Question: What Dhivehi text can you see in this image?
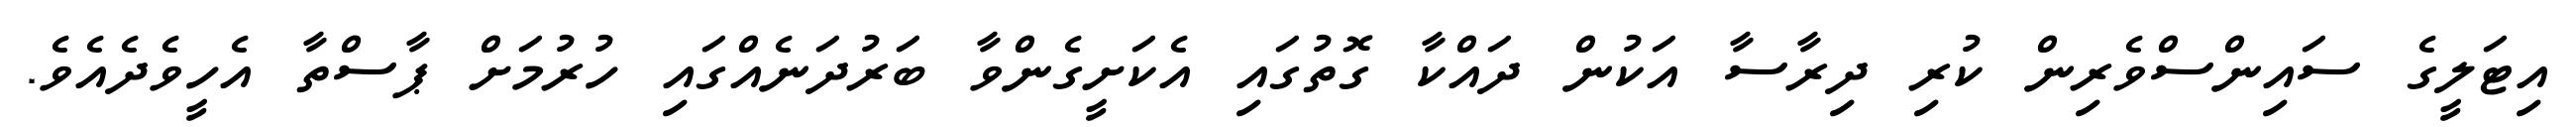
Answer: އިޓަލީގެ ސައިންސްވެރިން ކުރި ދިރާސާ އަކުން ދައްކާ ގޮތުގައި އެކަށީގެންވާ ބަރުދަނެއްގައި ހުރުމަށް ޕާސްތާ އެހީވެދެއެވެ.